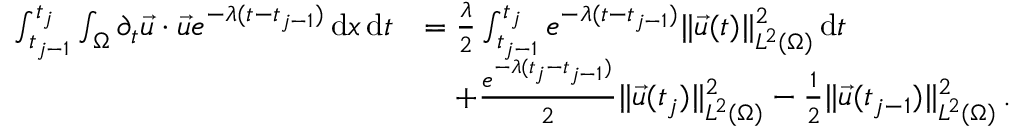
\begin{array} { r l } { \int _ { t _ { j - 1 } } ^ { t _ { j } } \int _ { \Omega } \partial _ { t } \vec { u } \cdot \vec { u } e ^ { - \lambda ( t - t _ { j - 1 } ) } \, \mathrm { d } x \, \mathrm { d } t } & { = \frac { \lambda } { 2 } \int _ { t _ { j - 1 } } ^ { t _ { j } } e ^ { - \lambda ( t - t _ { j - 1 } ) } \| \vec { u } ( t ) \| _ { L ^ { 2 } ( \Omega ) } ^ { 2 } \, \mathrm { d } t } \\ & { \quad + \frac { e ^ { - \lambda ( t _ { j } - t _ { j - 1 } ) } } { 2 } \| \vec { u } ( t _ { j } ) \| _ { L ^ { 2 } ( \Omega ) } ^ { 2 } - \frac { 1 } { 2 } \| \vec { u } ( t _ { j - 1 } ) \| _ { L ^ { 2 } ( \Omega ) } ^ { 2 } \, . } \end{array}